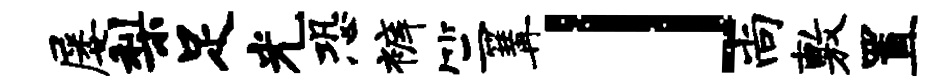
屡梨足光恐裤竺篝」尚敷置